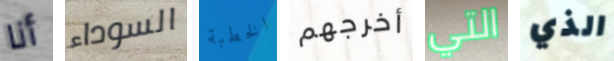
أنا السوداء الخطبة أخرجهم التي الذي